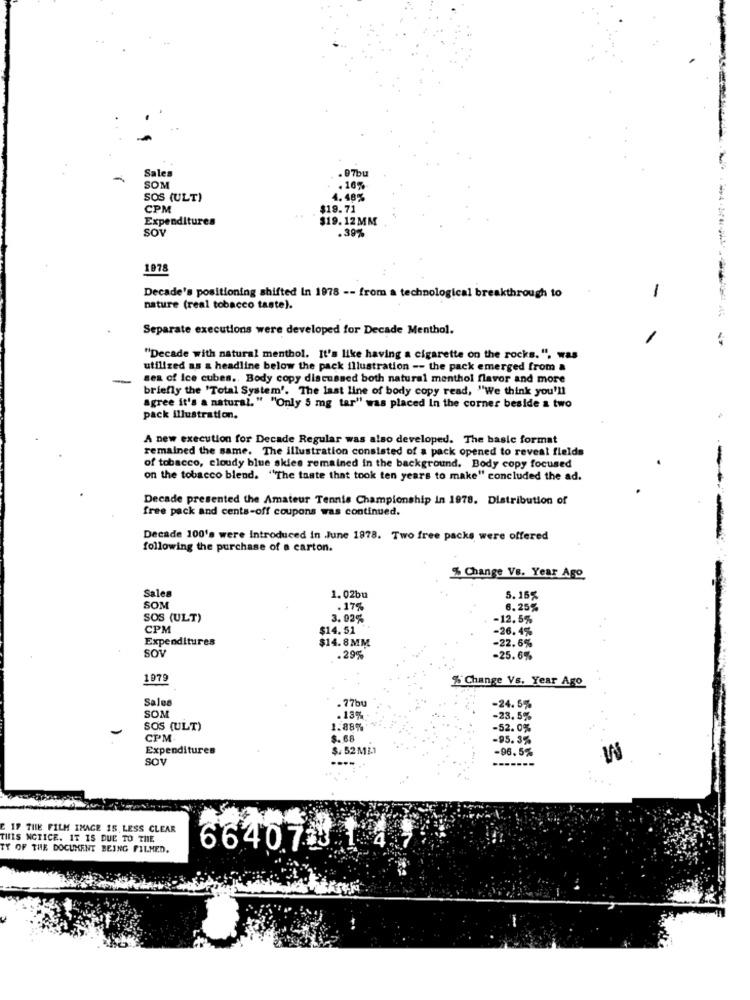
Sales
. 97bu
SOM
. 16%
SOS (ULT)
4.48%
CPM
$19.71
Expenditures
$19.12MM
SOY
.39%
1978
1
Decade's positioning shifted In 1978 -- from a technological breakthrough to
nature (real tobacco taste).
Separate executions were developed for Decade Menthol.
"Decade with natural menthol. It's like having a cigarette on the rocks.". was
utilized as a headline below the pack illustration -- the pack emerged from a
--
sea of Ice cubes .. Body copy discussed both natural menthol flavor and more
briefly the 'Total System'. The last line of body copy read, "We think you'll
agree it's a natural. " "Only 5 mg tar" was placed In the corner beside a two
pack illustration.
A new execution for Decade Regular was also developed. The basic format
remained the same. The illustration consisted of a pack opened to reveal fields
of tobacco, cloudy blue skies remained in the background. Body copy focused
on the tobacco blend. "The taste that took ten years to make" concluded the ad.
Decade presented the Amateur Tennis Championship in 1978. Distribution of
free pack and cents-off coupons was continued.
Decade 100's were Introduced in June 1878. Two free packs were offered
following the purchase of a carton.
% Change Vs. Year Ago
Sales
1.02bu
5.16%
SOM
.17%
6.25%
SOS (ULT)
3.92%
-12.5%
CPM
$14.51
-26.4%
Expenditures
$14.8MM
-22.6%
SOV
.29%
-25.6%
1979
% Change Vs. Year Ago
Sale
. 77bu
SOM
.13%
-24. 5%
-23.5%
SOS (ULT)
1.88%
-52.0%
CPM
$. 68
-95.3%
Expenditures
$. 52MM.1
-96.5%
sov
E IF THE FILM IMAGE 15 LESS CLEAR
THIS NOTICE. IT IS DUE TO THE
TY OF THE DOCUMENT BEING FILMED.
664073 14>